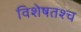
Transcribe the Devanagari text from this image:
विशेषतश्च